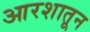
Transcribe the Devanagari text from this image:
आरशातून